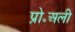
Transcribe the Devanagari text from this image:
प्रो॰अली